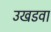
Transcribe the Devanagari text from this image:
उखडवा